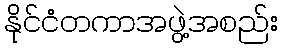
နိုင်ငံတကာအဖွဲ့အစည်း